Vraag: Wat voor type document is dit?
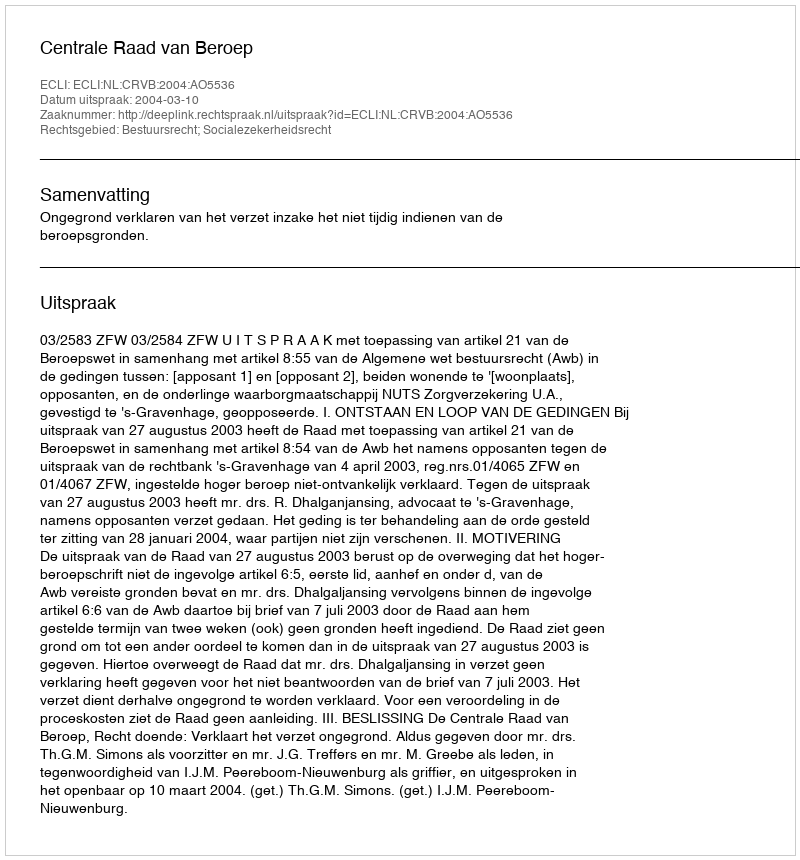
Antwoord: Uitspraak